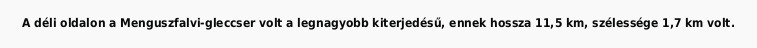
A déli oldalon a Menguszfalvi-gleccser volt a legnagyobb kiterjedésű, ennek hossza 11,5 km, szélessége 1,7 km volt.